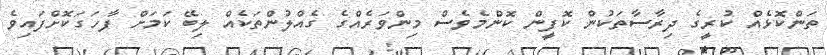
ތަންކޮޅެއް ކުރީގެ ދިރާސާތަކުން ކޮފީން ކޮންމެވެސް މިންވަރެއްގެ ގެއްލުންތަކެއް ލިބޭ ކަމަށް ފާހަގަކޮށްފައިވެ